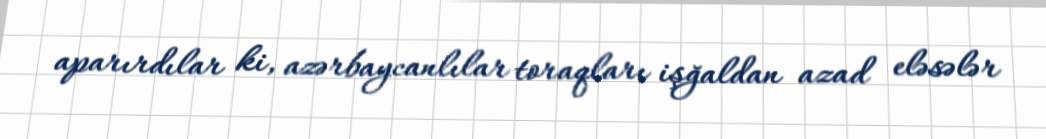
aparırdılar ki, azərbaycanlılar toraqları işğaldan azad eləsələr